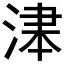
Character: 𱧃